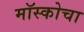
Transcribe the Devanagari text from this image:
मॉस्कोचा